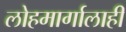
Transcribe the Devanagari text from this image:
लोहमार्गालाही